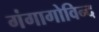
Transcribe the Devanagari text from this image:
गंगागोविन्द